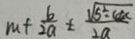
m + \frac { b } { 2 a } \pm \frac { \sqrt { 5 ^ { 2 } - 4 a c } } { 2 a }